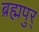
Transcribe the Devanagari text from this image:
ब्रह्मपुर्